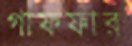
গাফফার